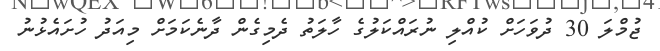
ޖުމްލަ 30 ދުވަހަށް ކުއްލި ނުރައްކަލުގެ ހާލަތު ދެމިގެން ދާނެކަމަށް މިއަދު ހުށައެޅުނު